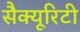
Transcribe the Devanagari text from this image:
सैक्यूरिटी